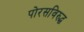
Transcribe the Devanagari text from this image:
पोरसविरुद्ध